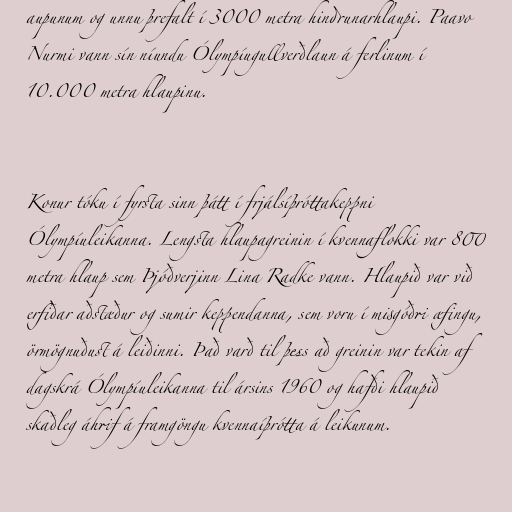
aupunum og unnu þrefalt í 3000 metra hindrunarhlaupi. Paavo
Nurmi vann sín níundu Ólympíugullverðlaun á ferlinum í
10.000 metra hlaupinu.

Konur tóku í fyrsta sinn þátt í frjálsíþróttakeppni
Ólympíuleikanna. Lengsta hlaupagreinin í kvennaflokki var 800
metra hlaup sem Þjóðverjinn Lina Radke vann. Hlaupið var við
erfiðar aðstæður og sumir keppendanna, sem voru í misgóðri æfingu,
örmögnuðust á leiðinni. Það varð til þess að greinin var tekin af
dagskrá Ólympíuleikanna til ársins 1960 og hafði hlaupið
skaðleg áhrif á framgöngu kvennaíþrótta á leikunum.